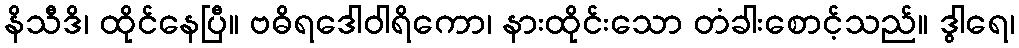
နိသီဒိ၊ ထိုင်နေပြီ။ ဗဓိရဒေါဝါရိကော၊ နားထိုင်းသော တံခါးစောင့်သည်။ ဒွါရေ၊